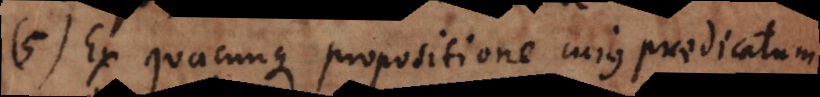
5) Ex quacunque propositione cujus praedicatum